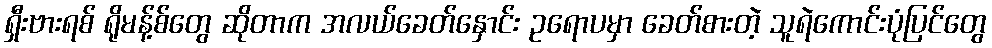
ရှီးဗားရစ် ရိုမန့်စ်တွေ ဆိုတာက အလယ်ခေတ်နှောင်း ဥရောပမှာ ခေတ်စားတဲ့ သူရဲကောင်းပုံပြင်တွေ